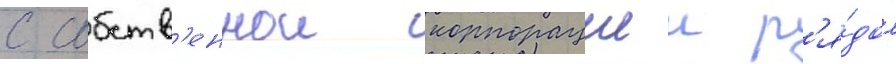
с собств'еннои корпорациеи р'я́дом